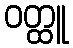
ဝတ္ထူ